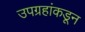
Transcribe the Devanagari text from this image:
उपग्रहांकडून